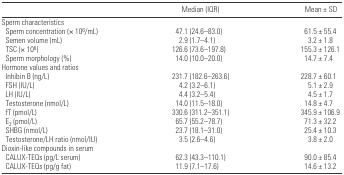
<table><thead><tr><td></td><td><b>Median (IQR)</b></td><td><b>Mean ± SD</b></td></tr></thead><tbody><tr><td colspan="3">Sperm characteristics</td></tr><tr><td> Sperm concentration (× 10<sup>6</sup>/mL)</td><td>47.1 (24.6–83.0)</td><td>61.5 ± 55.4</td></tr><tr><td> Semen volume (mL)</td><td>2.9 (1.7–4.1)</td><td>3.2 ± 1.8</td></tr><tr><td> TSC (× 10<sup>6</sup>)</td><td>126.6 (73.6–197.8)</td><td>155.3 ± 126.1</td></tr><tr><td> Sperm morphology (%)</td><td>14.0 (10.0–20.0)</td><td>14.7 ± 7.4</td></tr><tr><td colspan="3">Hormone values and ratios</td></tr><tr><td> Inhibin B (ng/L)</td><td>231.7 (182.6–263.6)</td><td>228.7 ± 60.1</td></tr><tr><td> FSH (IU/L)</td><td>4.2 (3.2–6.1)</td><td>5.1 ± 2.9</td></tr><tr><td> LH (IU/L)</td><td>4.4 (3.2–5.4)</td><td>4.5 ± 1.7</td></tr><tr><td> Testosterone (nmol/L)</td><td>14.0 (11.5–18.0)</td><td>14.8 ± 4.7</td></tr><tr><td> fT (pmol/L)</td><td>330.6 (311.2–351.1)</td><td>345.9 ± 106.9</td></tr><tr><td> E<sub>2</sub> (pmol/L)</td><td>65.7 (55.2–78.7)</td><td>71.3 ± 32.2</td></tr><tr><td> SHBG (nmol/L)</td><td>23.7 (18.1–31.0)</td><td>25.4 ± 10.3</td></tr><tr><td> Testosterone/LH ratio (nmol/IU)</td><td>3.5 (2.6–4.6)</td><td>3.8 ± 2.0</td></tr><tr><td colspan="3">Dioxin-like compounds in serum</td></tr><tr><td> CALUX-TEQs (pg/L serum)</td><td>62.3 (43.3–110.1)</td><td>90.0 ± 85.4</td></tr><tr><td> CALUX-TEQs (pg/g fat)</td><td>11.9 (7.1–17.6)</td><td>14.6 ± 13.2</td></tr></tbody></table>